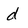
Character: d